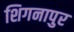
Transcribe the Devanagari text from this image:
शिगनापुर